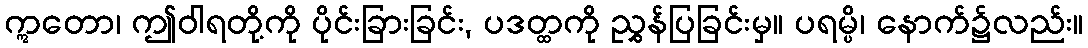
ဣတော၊ ဤဝါရတို့ကို ပိုင်းခြားခြင်း, ပဒတ္ထကို ညွှန်ပြခြင်းမှ။ ပရမ္ပိ၊ နောက်၌လည်း။